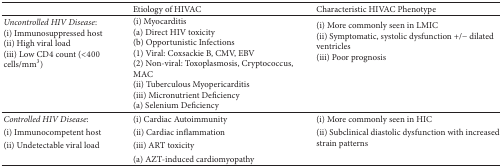
|  | Etiology of HIVAC | Characteristic HIVAC Phenotype |
 | --- | --- | --- |
 | Uncontrolled HIV Disease: (i) Immunosuppressed host(ii) High viral load(iii) Low CD4 count (<400 cells/mm3) | (i) Myocarditis(a) Direct HIV toxicity(b) Opportunistic Infections(1) Viral: Coxsackie B, CMV, EBV (2) Non-viral: Toxoplasmosis, Cryptococcus, MAC(ii) Tuberculous Myopericarditis (iii) Micronutrient Deficiency(a) Selenium Deficiency | (i) More commonly seen in LMIC (ii) Symptomatic, systolic dysfunction +/− dilated ventricles (iii) Poor prognosis |
 | Controlled HIV Disease: | (i) Cardiac Autoimmunity | (i) More commonly seen in HIC |
 | (i) Immunocompetent host | (ii) Cardiac inflammation | <ROWSPAN=2> (ii) Subclinical diastolic dysfunction with increased strain patterns |
 | (ii) Undetectable viral load | (iii) ART toxicity |
 |  | (a) AZT-induced cardiomyopathy |  |